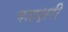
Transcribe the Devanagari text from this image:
षडाक्षरी